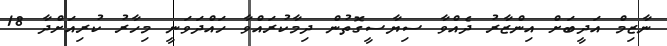
ނާޒިމް އަދީބަށް އިންޒާރު ދެއްވާ ސިޔާސީގޮތުން ދިމާކުރައްވާ ހައްދަވަނީ މިހާރު ކުރިއަށްދާ 18